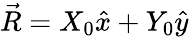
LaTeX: \vec{R}=X_{0}\hat{x}+Y_{0}\hat{y}